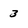
Character: 3